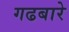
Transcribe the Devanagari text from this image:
गढबारे